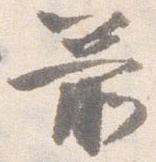
箭